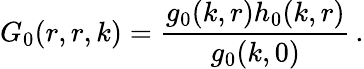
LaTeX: G_{0}(r,r,k)=\frac{g_{0}(k,r)h_{0}(k,r)}{g_{0}(k,0)}\, .